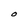
Character: O